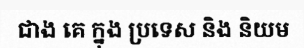
ជាង គេ ក្នុង ប្រទេស និង និយម